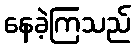
နေခဲ့ကြသည်